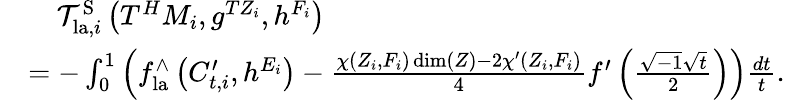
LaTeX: \begin{array}{rl}&{\ \ \ \ \mathcal{T}_{\mathrm{la},i}^{\mathrm{S}}\left(T^{H}M_{i},g^{TZ_{i}},h^{F_{i}}\right)}\\ &{=-\int_{0}^{1}\left(f_{\mathrm{la}}^{\wedge}\left(C_{t,i}^{\prime},h^{{E_{i}}}\right)-\frac{\chi(Z_{i},F_{i})\dim(Z)-2\chi^{\prime}(Z_{i},F_{i})}{4}f^{\prime}\left(\frac{\sqrt{-1}\sqrt{t}}{2}\right)\right)\frac{dt}{t}.}\end{array}